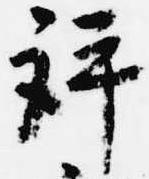
評